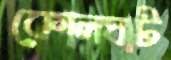
কোলঘাট